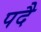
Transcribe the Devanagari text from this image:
पदै